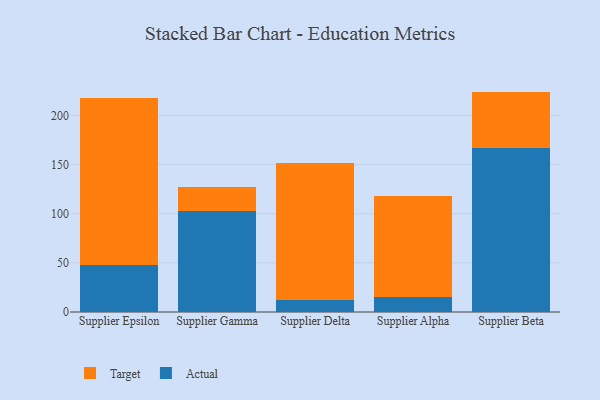
{"axis": {"x": "Supplier", "y": "Website Visitors"}, "legend": ["Actual", "Target"], "data": [{"x": "Supplier Epsilon", "y": 47.9, "type": "Actual"}, {"x": "Supplier Epsilon", "y": 169.6, "type": "Target"}, {"x": "Supplier Gamma", "y": 103.0, "type": "Actual"}, {"x": "Supplier Gamma", "y": 24.4, "type": "Target"}, {"x": "Supplier Delta", "y": 12.5, "type": "Actual"}, {"x": "Supplier Delta", "y": 138.9, "type": "Target"}, {"x": "Supplier Alpha", "y": 15.0, "type": "Actual"}, {"x": "Supplier Alpha", "y": 102.7, "type": "Target"}, {"x": "Supplier Beta", "y": 167.0, "type": "Actual"}, {"x": "Supplier Beta", "y": 57.2, "type": "Target"}]}